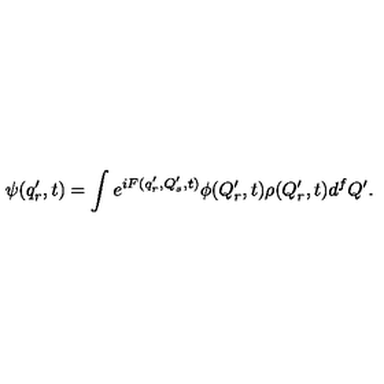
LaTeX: \psi ( q _ { r } ^ { \prime } , t ) = \int e ^ { i F ( q _ { r } ^ { \prime } , Q _ { s } ^ { \prime } , t ) } \phi ( Q _ { r } ^ { \prime } , t ) \rho ( Q _ { r } ^ { \prime } , t ) d ^ { f } Q ^ { \prime } .